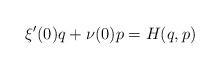
LaTeX: \begin{align*}\xi^{\prime}(0)q+\nu(0)p=H(q,p)\end{align*}